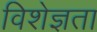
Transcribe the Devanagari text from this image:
विशेज्ञता